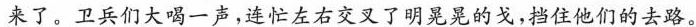
来了。卫兵们大喝一声，连忙左右交叉了明晃晃的戈，挡住他们的去路。